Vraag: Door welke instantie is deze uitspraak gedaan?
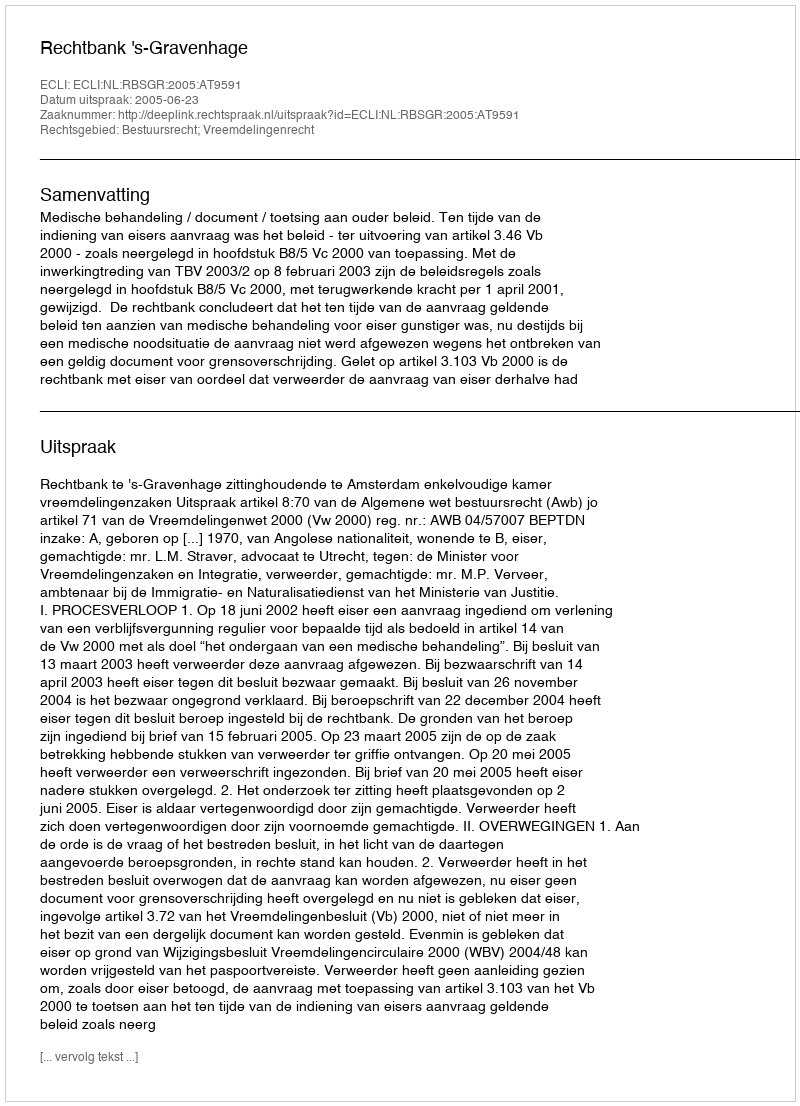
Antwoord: Rechtbank 's-Gravenhage